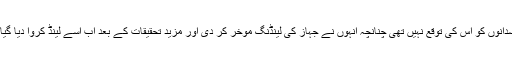
سائنسدانوں کو اس کی توقع نہیں تھی چنانچہ انہوں نے جہاز کی لینڈنگ موخر کر دی اور مزید تحقیقات کے بعد اب اسے لینڈ کروا دیا گیا ہے۔